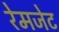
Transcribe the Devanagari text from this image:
रेमजेट